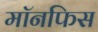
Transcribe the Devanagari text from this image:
मॉनफिस